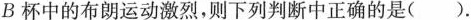
B杯中的布朗运动激烈，则下列判断中正确的是( )。